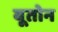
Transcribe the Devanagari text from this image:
बूतोन